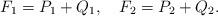
LaTeX: \begin{align*}F_{1} = P_{1} + Q_{1} , \quad F_{2} = P_{2} + Q_{2} .\end{align*}